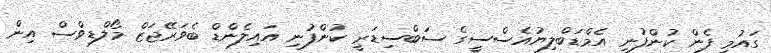
ގައުމީ ފެން ކުންފުނި އެމްޑަބްލިޔުއެސްސީގެ ސަބްސިޑަރީ ކުންފުނި އައިލެންޑް ބެވަރޭޖަޒް މޯލްޑިވްސް އިން